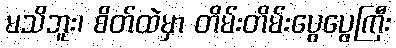
မသိဘူး၊ စိတ်ထဲမှာ တိမ်းတိမ်းပွေပွေကြီး